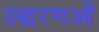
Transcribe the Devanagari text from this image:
उद्धरणओं